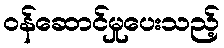
ဝန်ဆောင်မှုပေးသည့်